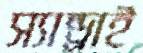
স্যান্ড্রাই